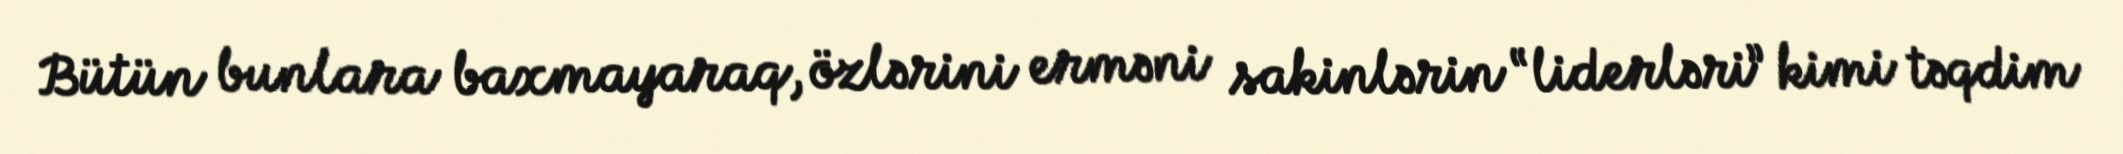
Bütün bunlara baxmayaraq, özlərini erməni sakinlərin “liderləri” kimi təqdim